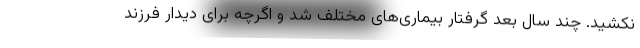
نکشید. چند سال بعد گرفتار بیماری‌های مختلف شد و اگرچه برای دیدار فرزند